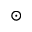
\odot